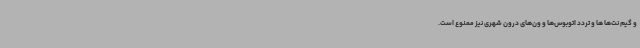
و گیم نت‌ها ها و تردد اتوبوس‌ها و ون‌های درون شهری نیز ممنوع است.